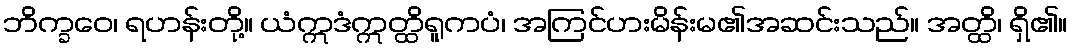
ဘိက္ခဝေ၊ ရဟန်းတို့။ ယံဣဒံဣတ္ထိရူကပံ၊ အကြင်ဟးမိန်းမ၏အဆင်းသည်။ အတ္ထိ၊ ရှိ၏။